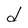
Character: d